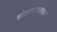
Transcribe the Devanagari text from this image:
ढोलाराजस्थान